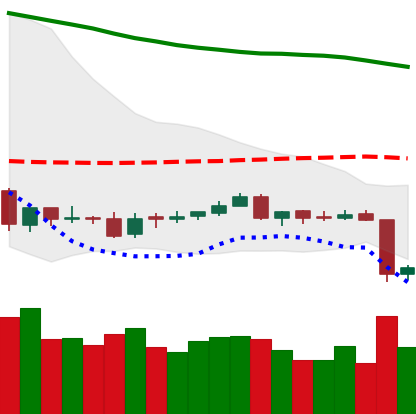
Ticker: ETC-USD
Chart end date: 2018-06-11
Forward return: 12.337%
Label: up_7plus